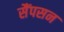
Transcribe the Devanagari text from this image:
सैंपसन